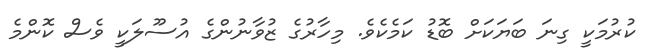
ކުރުމަކީ ގިނަ ބަޔަކަށް ބޮޑު ކަމެކެވެ. މިހާރުގެ ޒުވާނުންގެ އުސޫލަކީ ވެސް ކޮންމެ